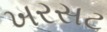
ખરસટ